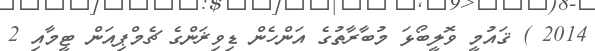
2014 ) ޤައުމީ ވޮލީބޯޅަ މުބާރާތުގެ އަންހެން ޑިވިޜަންގެ ޗެމްޕިއަން ޓީމާއި 2